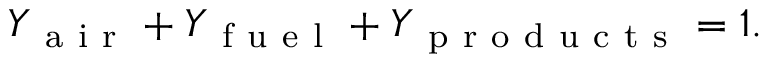
\begin{array} { r } { Y _ { \mathrm { ~ a ~ i ~ r ~ } } + Y _ { \mathrm { ~ f ~ u ~ e ~ l ~ } } + Y _ { \mathrm { ~ p ~ r ~ o ~ d ~ u ~ c ~ t ~ s ~ } } = 1 . } \end{array}